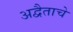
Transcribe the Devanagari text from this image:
अद्वैताचे